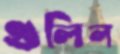
গুলিল